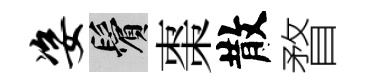
姿鬢棗散瞀